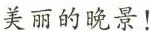
美丽的晚景！